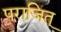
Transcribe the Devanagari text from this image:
पराजित्